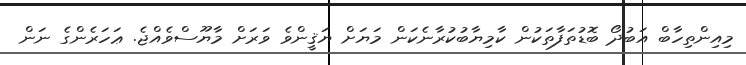
މިއިންތިހާބް އަބުދޯ ބޮޑުތަފާތަކުން ކާމިޔާބުކުރާނެކަން މަޔަށް ޔަޤީންވެ ވަރަށް މާޔޫސްވެއްޖެ. ޢަހަރެންގެ ނަން